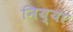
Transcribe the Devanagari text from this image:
निय्या